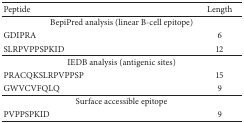
<table><thead><tr><td><b>Peptide</b></td><td><b>Length</b></td></tr></thead><tbody><tr><td colspan="2">BepiPred analysis (linear B-cell epitope)</td></tr><tr><td>GDIPRA</td><td>6</td></tr><tr><td>SLRPVPPSPKID</td><td>12</td></tr><tr><td colspan="2">IEDB analysis (antigenic sites)</td></tr><tr><td>PRACQKSLRPVPPSP</td><td>15</td></tr><tr><td>GWVCVFQLQ</td><td>9</td></tr><tr><td colspan="2">Surface accessible epitope</td></tr><tr><td>PVPPSPKID</td><td>9</td></tr></tbody></table>